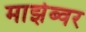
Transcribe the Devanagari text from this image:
माझेब्वर